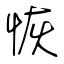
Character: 恢